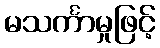
မသင်္ကာမှုဖြင့်